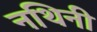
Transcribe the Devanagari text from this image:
नथिनी